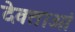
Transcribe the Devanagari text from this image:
देवताओं